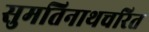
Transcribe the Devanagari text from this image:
सुमतिनाथचरित